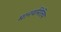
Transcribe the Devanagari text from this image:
मानवमितिय